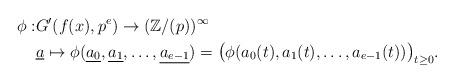
LaTeX: \begin{align*}\phi :& G'(f(x), p^e) \rightarrow (\mathbb{Z}/(p))^{\infty} \\& \underline{a} \mapsto \phi(\underline{a_{0}}, \underline{a_1},\ldots, \underline{a_{e-1}})=\big(\phi(a_0(t), a_1(t),\ldots, a_{e-1}(t))\big)_{t \ge 0}.\end{align*}